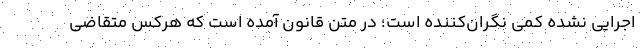
اجرایی نشده کمی نگران‌کننده است؛ در متن قانون آمده است که هرکس متقاضی